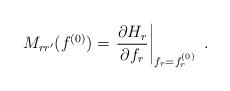
LaTeX: \begin{align*}M_{rr^\prime}(f^{(0)})=\left.\frac{\partial H_r}{\partial f_r}\right|_{f_r=f_r^{(0)}}\,\,.\end{align*}